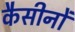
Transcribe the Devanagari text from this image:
कैसीनों